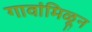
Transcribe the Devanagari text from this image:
गावांमिळून